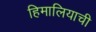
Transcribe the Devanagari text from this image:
हिमालियाची